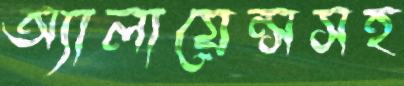
অ্যালায়েন্সসহ